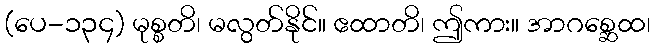
(ပေ-၁၃၄) မုစ္စတိ၊ မလွတ်နိုင်။ ဧထာတိ၊ ဤကား။ အာဂစ္ဆေထ၊